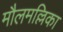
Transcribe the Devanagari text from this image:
मौलमल्लिका